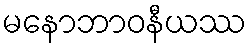
မနောဘာဝနီယဿ